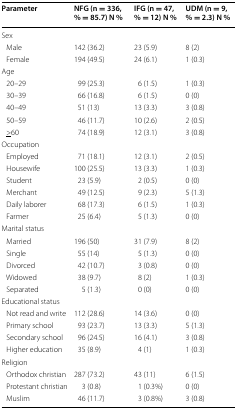
<table><thead><tr><td><b>Parameter</b></td><td><b>NFG (n = 336, % = 85.7) N %</b></td><td><b>IFG (n = 47, % = 12) N %</b></td><td><b>UDM (n = 9, % = 2.3) N %</b></td></tr></thead><tbody><tr><td colspan="4">Sex</td></tr><tr><td> Male</td><td>142 (36.2)</td><td>23 (5.9)</td><td>8 (2)</td></tr><tr><td> Female</td><td>194 (49.5)</td><td>24 (6.1)</td><td>1 (0.3)</td></tr><tr><td colspan="4">Age</td></tr><tr><td> 20–29</td><td>99 (25.3)</td><td>6 (1.5)</td><td>1 (0.3)</td></tr><tr><td> 30–39</td><td>66 (16.8)</td><td>6 (1.5)</td><td>0 (0)</td></tr><tr><td> 40–49</td><td>51 (13)</td><td>13 (3.3)</td><td>3 (0.8)</td></tr><tr><td> 50–59</td><td>46 (11.7)</td><td>10 (2.6)</td><td>2 (0.5)</td></tr><tr><td> <underline>&gt;</underline>60</td><td>74 (18.9)</td><td>12 (3.1)</td><td>3 (0.8)</td></tr><tr><td colspan="4">Occupation</td></tr><tr><td> Employed</td><td>71 (18.1)</td><td>12 (3.1)</td><td>2 (0.5)</td></tr><tr><td> Housewife</td><td>100 (25.5)</td><td>13 (3.3)</td><td>1 (0.3)</td></tr><tr><td> Student</td><td>23 (5.9)</td><td>2 (0.5)</td><td>0 (0)</td></tr><tr><td> Merchant</td><td>49 (12.5)</td><td>9 (2.3)</td><td>5 (1.3)</td></tr><tr><td> Daily laborer</td><td>68 (17.3)</td><td>6 (1.5)</td><td>1 (0.3)</td></tr><tr><td> Farmer</td><td>25 (6.4)</td><td>5 (1.3)</td><td>0 (0)</td></tr><tr><td colspan="4">Marital status</td></tr><tr><td> Married</td><td>196 (50)</td><td>31 (7.9)</td><td>8 (2)</td></tr><tr><td> Single</td><td>55 (14)</td><td>5 (1.3)</td><td>0 (0)</td></tr><tr><td> Divorced</td><td>42 (10.7)</td><td>3 (0.8)</td><td>0 (0)</td></tr><tr><td> Widowed</td><td>38 (9.7)</td><td>8 (2)</td><td>1 (0.3)</td></tr><tr><td> Separated</td><td>5 (1.3)</td><td>0 (0)</td><td>0 (0)</td></tr><tr><td colspan="4">Educational status</td></tr><tr><td> Not read and write</td><td>112 (28.6)</td><td>14 (3.6)</td><td>0 (0)</td></tr><tr><td> Primary school</td><td>93 (23.7)</td><td>13 (3.3)</td><td>5 (1.3)</td></tr><tr><td> Secondary school</td><td>96 (24.5)</td><td>16 (4.1)</td><td>3 (0.8)</td></tr><tr><td> Higher education</td><td>35 (8.9)</td><td>4 (1)</td><td>1 (0.3)</td></tr><tr><td colspan="4">Religion</td></tr><tr><td> Orthodox christian</td><td>287 (73.2)</td><td>43 (11)</td><td>6 (1.5)</td></tr><tr><td> Protestant christian</td><td>3 (0.8)</td><td>1 (0.3%)</td><td>0 (0)</td></tr><tr><td> Muslim</td><td>46 (11.7)</td><td>3 (0.8%)</td><td>3 (0.8)</td></tr></tbody></table>